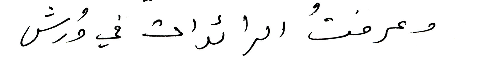
وعرفتُ الرائدات في وُرش